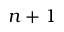
n + 1